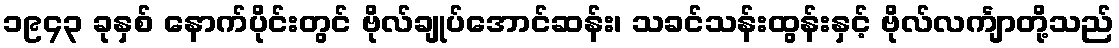
၁၉၄၃ ခုနှစ် နောက်ပိုင်းတွင် ဗိုလ်ချုပ်အောင်ဆန်း၊ သခင်သန်းထွန်းနှင့် ဗိုလ်လင်္ကျာတို့သည်